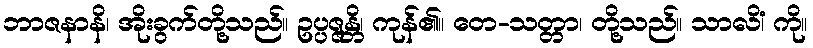
ဘာဇနာနိ၊ အိုးခွက်တို့သည်။ ဥပ္ပဇ္ဇန္တိ၊ ကုန်၏။ တေ-သတ္တာ၊ တို့သည်။ သာလိံ၊ ကို။